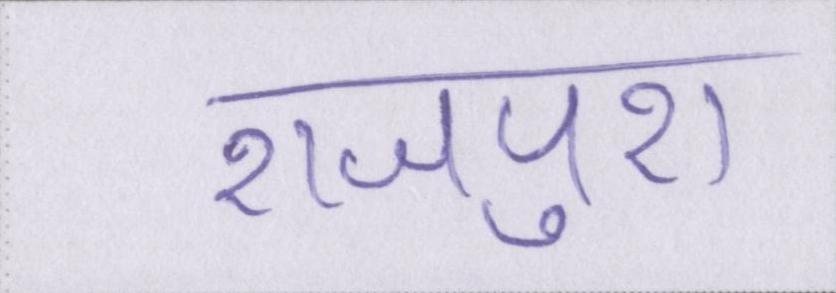
राजपुरा